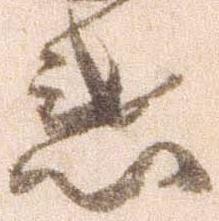
惑